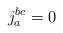
\begin{align*}j^{bc}_a = 0\end{align*}